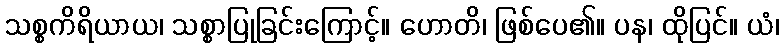
သစ္စကိရိယာယ၊ သစ္စာပြုခြင်းကြောင့်။ ဟောတိ၊ ဖြစ်ပေ၏။ ပန၊ ထိုပြင်။ ယံ၊